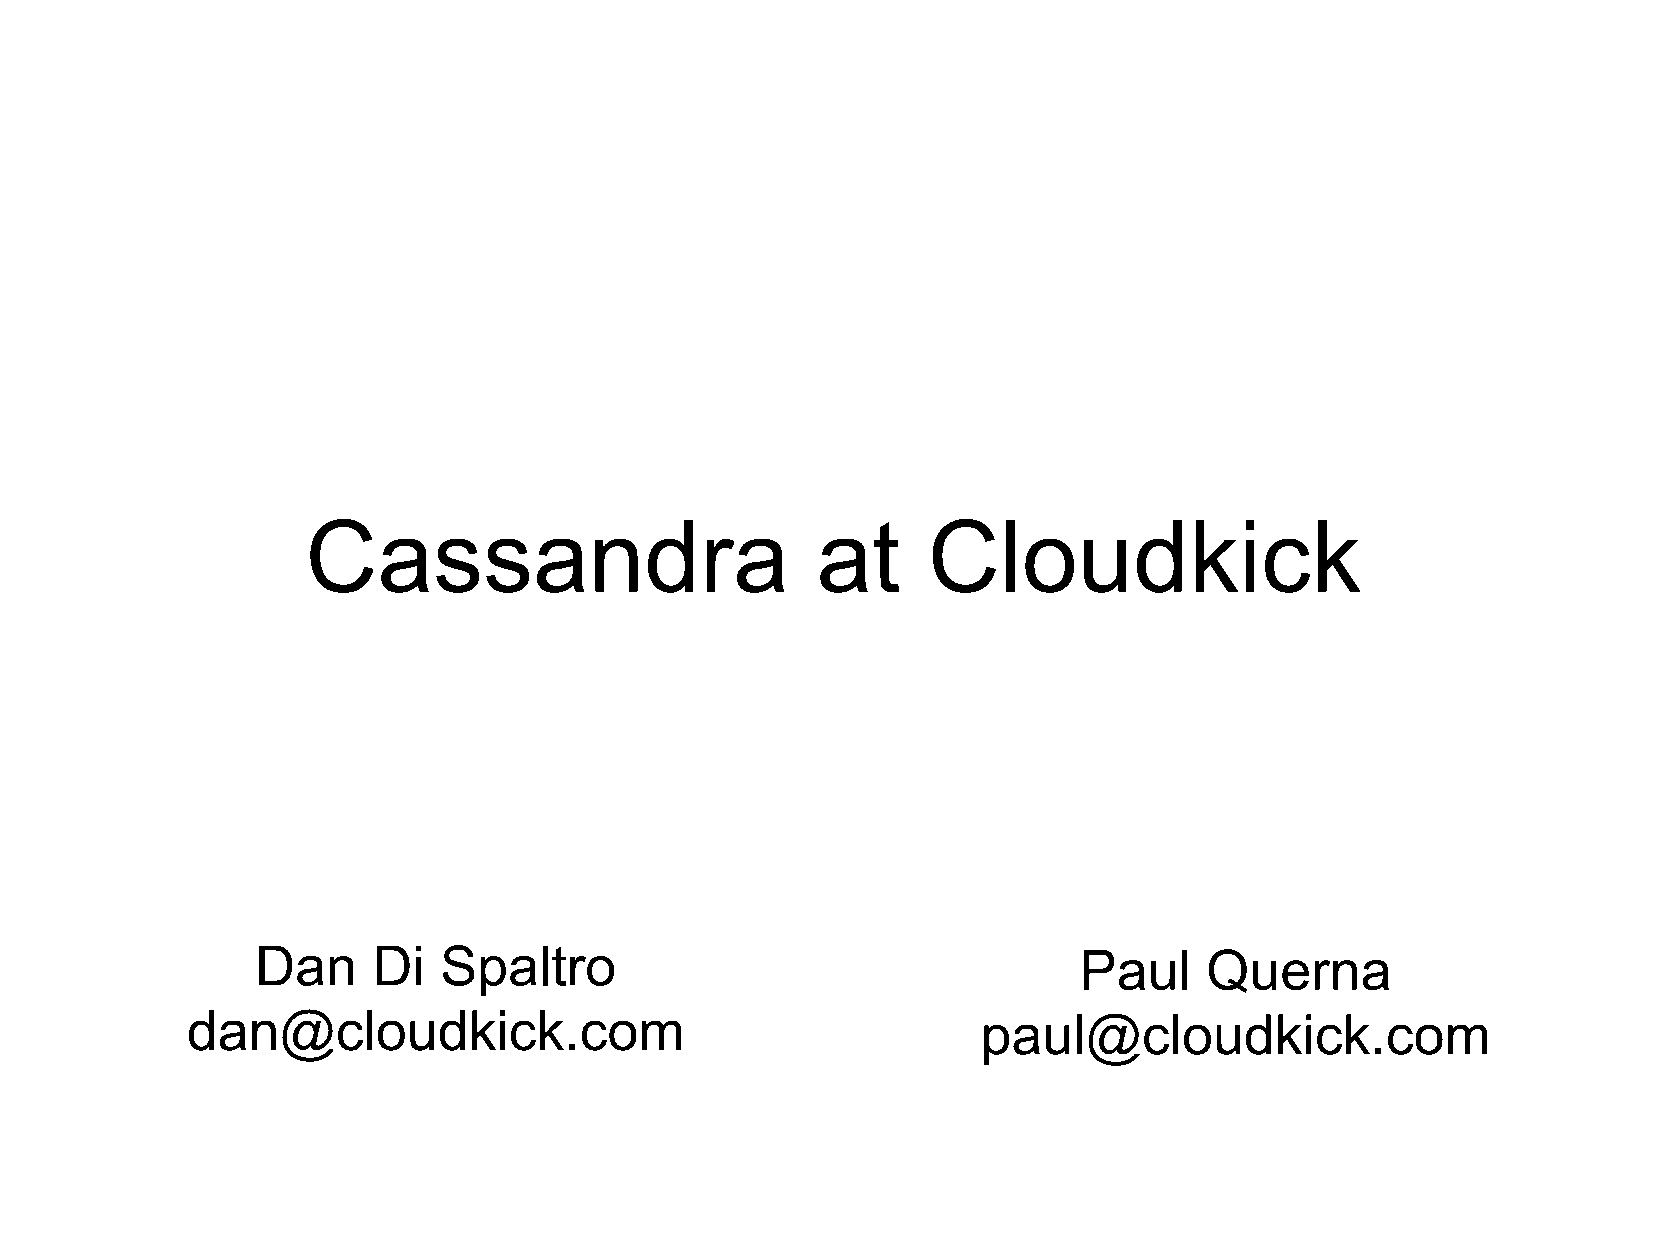
Cassandra                         at     Cloudkick
 Dan     Di  Spaltro                                   Paul     Querna
 dan@cloudkick.com                                    paul@cloudkick.com